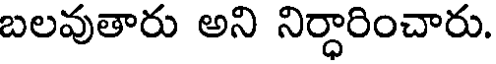
బలవుతారు అని నిర్ధారించారు.